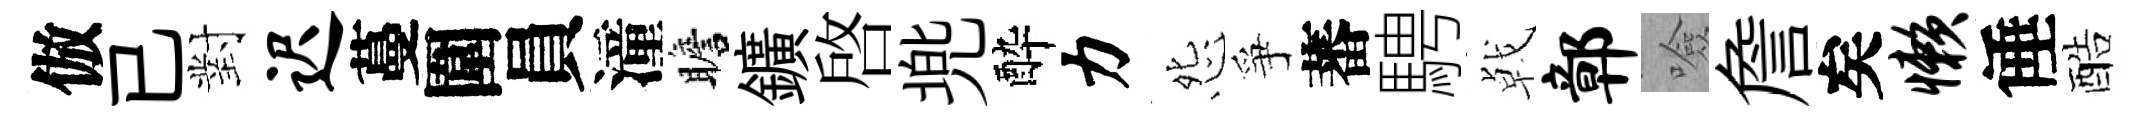
倣已對迟蔓圍員潼瞻鑛啓兠酔力怨爭蕃騁㦸鄣噞詹矣懒倕酷